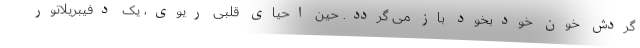
گردش خون خودبخود باز می گردد. حین احیای قلبی ریوی، یک دفیبریلاتور